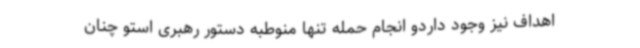
اهداف نیز وجود داردو انجام حمله تنها منوطبه دستور رهبری استو چنان